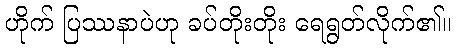
ဟိုက် ပြဿနာပဲဟု ခပ်တိုးတိုး ရေရွတ်လိုက်၏။